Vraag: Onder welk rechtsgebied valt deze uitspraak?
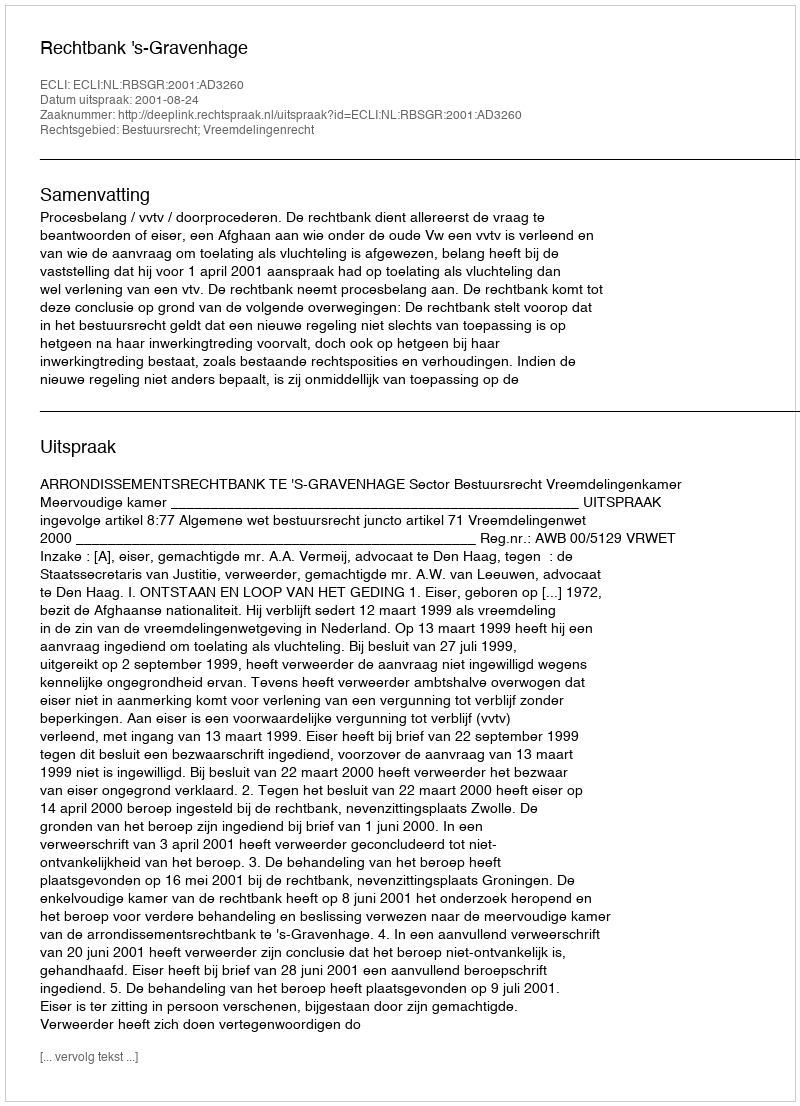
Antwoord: Bestuursrecht; Vreemdelingenrecht